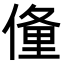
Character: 𬿙